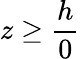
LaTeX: z\geq\frac{h}{0}